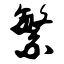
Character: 繁